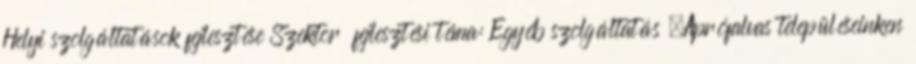
Helyi szolgáltatások fejlesztése Szektor fejlesztési téma: Egyéb szolgáltatás ▪Aprófalvas településeinken